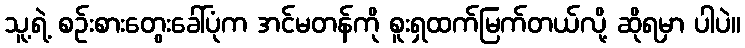
သူ့ရဲ့ စဉ်းစားတွေးခေါ်ပုံက အင်မတန်ကို စူးရှထက်မြက်တယ်လို့ ဆိုရမှာ ပါပဲ။